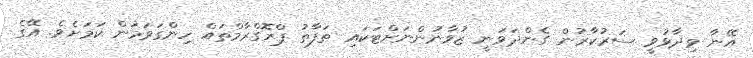
އޭނާ ވިދާޅުވީ ސަރުކާރުން ގެންދަވަނީ ޒުވާނުންނަށްޓަކައި ތަފާތު ޕްރޮގްރާމްތައް ހިންގަވަމުން ކަމަށެވެ. އޭގެ